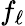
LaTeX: f_{\ell}